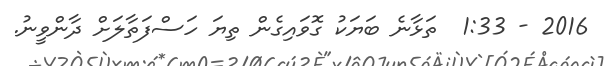
2016 - 1:33  ތަޅާނެ ބަޔަކު ގޮވައިގެން ތިޔަ ހަސްފަތާލަށް ދާންވީނު.